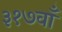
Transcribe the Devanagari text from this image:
३१७वाँ